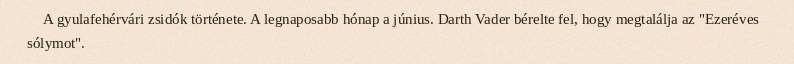
A gyulafehérvári zsidók története. A legnaposabb hónap a június. Darth Vader bérelte fel, hogy megtalálja az "Ezeréves sólymot".